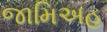
જામિઅહ